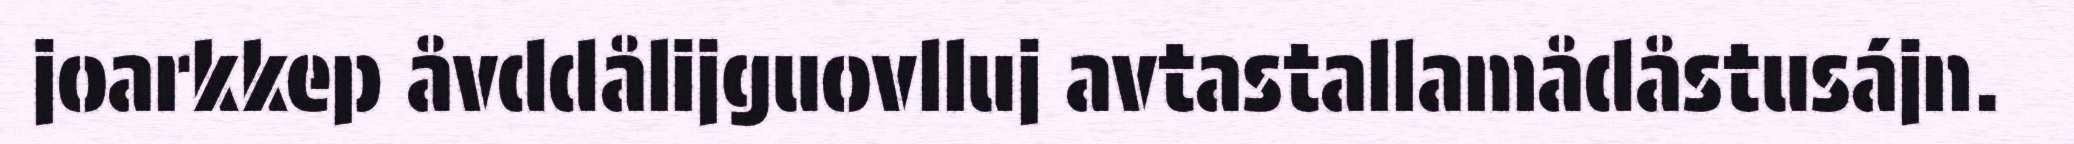
joarkkep åvddålijguovlluj avtastallamådåstusájn.